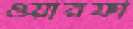
ওয়ারফা